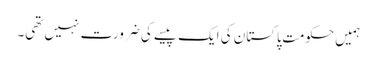
ہمیں حکومتِ پاکستان کی ایک پیسے کی ضرورت نہیں تھی۔